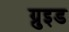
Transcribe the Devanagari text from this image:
ग्रुइड